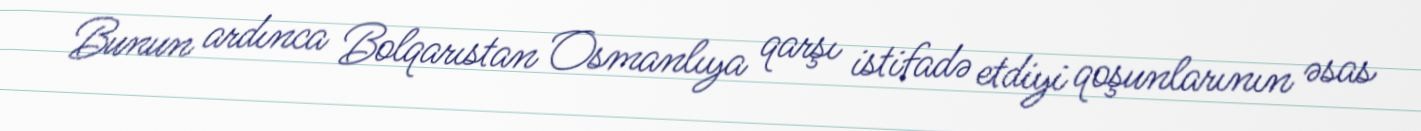
Bunun ardınca Bolqarıstan Osmanlıya qarşı istifadə etdiyi qoşunlarının əsas